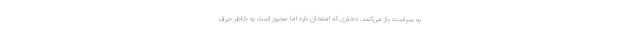
به سیاست باز می‌کنند. دختری که امتحان دارد اما مجبور است به خاطر حرف